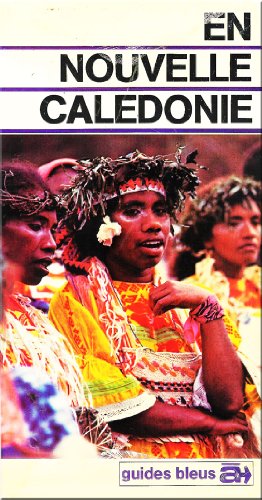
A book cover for En Nouvelle Caledonie (Guides bleus a) (French Edition); Georges Kling; Travel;